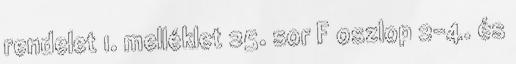
rendelet 1. melléklet 25. sor F oszlop 2–4. és